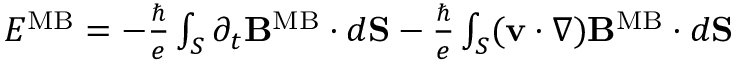
\begin{array} { r } { { \cal E } ^ { \mathrm { M B } } = - { \frac { \hbar } { e } } \int _ { S } \partial _ { t } { \bf B } ^ { \mathrm { M B } } \cdot d { \bf S } - { \frac { \hbar } { e } } \int _ { S } ( { \bf v } \cdot \nabla ) { \bf B } ^ { \mathrm { M B } } \cdot d { \bf S } } \end{array}